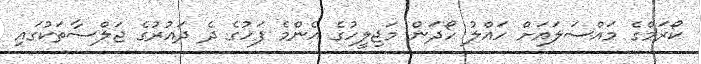
ކޯރަމްގެ މައްސަލައަށް ހައްލު ހޯދަން މަޖިލީހުގެ އެންމެ ފަހުގެ ދެ ދައުރުގެ ޖަލްސާތަކުގައި